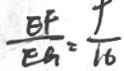
\frac { E F } { E G } = \frac { 9 } { 1 6 }